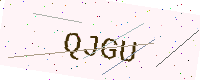
Text: QJGU